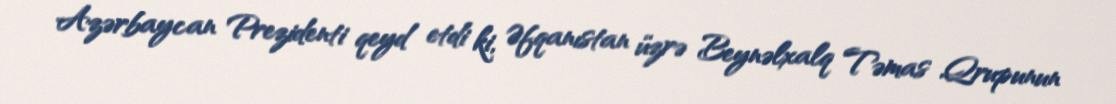
Azərbaycan Prezidenti qeyd etdi ki, Əfqanıstan üzrə Beynəlxalq Təmas Qrupunun